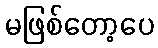
မဖြစ်တော့ပေ